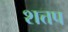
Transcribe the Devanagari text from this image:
शत्तप